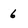
Character: 6